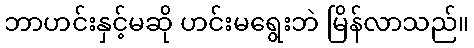
ဘာဟင်းနှင့်မဆို ဟင်းမရွေးဘဲ မြိန်လာသည်။